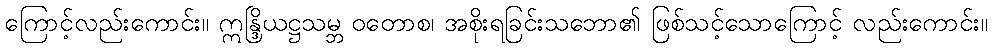
ကြောင့်လည်းကောင်း။ ဣန္ဒြိယဋ္ဌသမ္ဘ ဝတောစ၊ အစိုးရခြင်းသဘော၏ ဖြစ်သင့်သောကြောင့် လည်းကောင်း။